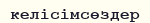
келісімсөздер